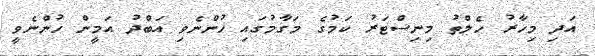
އަދި މިހާރު ހެލްތު މިނިސްޓަރު ކަމުގެ މަގާމުގައި ހުންނެވި އަބްދު އަމީން ހުންނެވީ